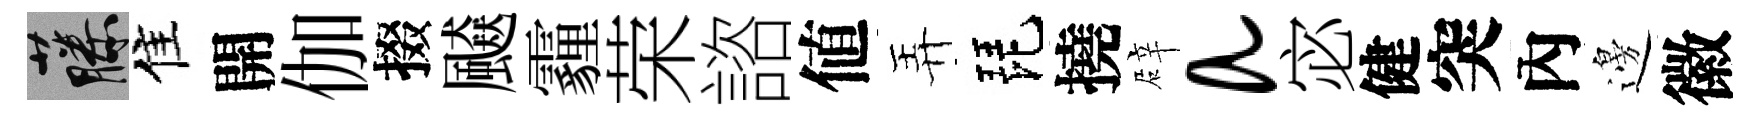
藤佳開伽掇飇霾荣諮値弄琵撓辟a宓健突內邊徽